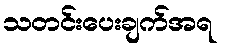
သတင်းပေးချက်အရ